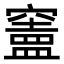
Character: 𥨠